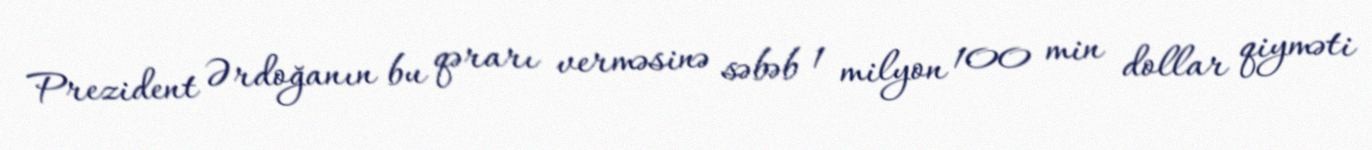
Prezident Ərdoğanın bu qərarı verməsinə səbəb 1 milyon 100 min dollar qiyməti